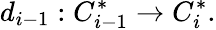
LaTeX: d_{i-1}:C_{i-1}^{*}\to C_{i}^{*}.